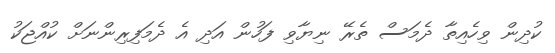
ކުދިން ވިހެއިތާ ދެމަސް ތެރޭ ނިޔާވި ފަހުން އަދި އެ ދެމަފިރިންނަށް ކުއްޖަކު